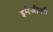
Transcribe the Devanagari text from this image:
इमेजीनरी